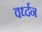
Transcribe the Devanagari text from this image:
वर्ध्दन